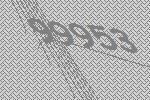
99953